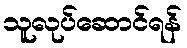
သူလုပ်ဆောင်ရန်